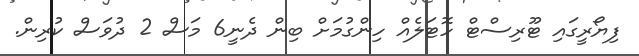
ފިޔޯރީގައި ޓޫރިސްޓް ހޮޓަލެއް ހިންގުމަށް ބިން ދެނީ6 މަސް 2 ދުވަސް ކުރިން.